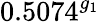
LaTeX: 0.5074^{g_{1}}